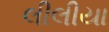
લીલીયા